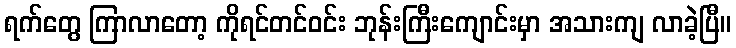
ရက်တွေ ကြာလာတော့ ကိုရင်တင်ဝင်း ဘုန်းကြီးကျောင်းမှာ အသားကျ လာခဲ့ပြီ။